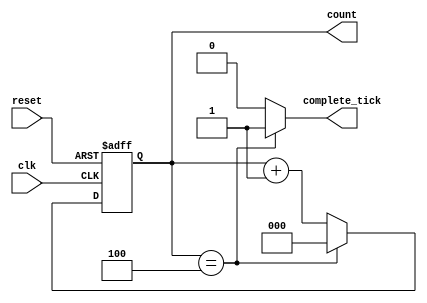
// modMCounter.v
// ref:https://verilogguide.readthedocs.io/en/latest/verilog/vvd.html#verilog-modmcounter
module modMCounter
#(
    parameter M = 5, // count from 0 to M-1
                 N = 3 // N bits required to count upto M i.e. 2**N >= M
)
(
    input wire clk, reset, 
    output wire complete_tick, 
    output wire[N-1:0] count
);

reg[N-1:0] count_reg;
wire[N-1:0] count_next;

always @(posedge clk, posedge reset)
begin
    if (reset == 1)
        count_reg <= 0;
    else
        count_reg <= count_next;
end

// set count_next to 0 when maximum count is reached i.e. (M-1)
// otherwise increase the count
assign count_next = (count_reg == M-1) ? 0 : count_reg + 1 ;

//Generate 'tick' on each maximum count
assign complete_tick = (count_reg == M-1) ? 1 : 0;

assign count = count_reg; // assign count to output port 

endmodule